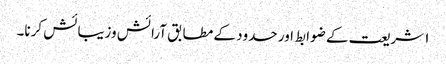
۱ شریعت کے ضوابط اور حدود کے مطابق آرائش وزیبائش کرنا۔